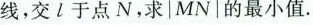
线，交l于点N，求|MN|的最小值。